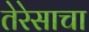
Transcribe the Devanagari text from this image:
तेरेसाचा